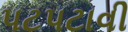
પટપટાવી